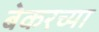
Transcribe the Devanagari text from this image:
बेकरच्या